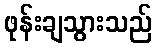
ဖုန်းချသွားသည်